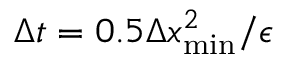
\Delta t = 0 . 5 \Delta x _ { \mathrm { m i n } } ^ { 2 } / \epsilon